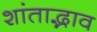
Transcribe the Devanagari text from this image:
शांताद्भाव